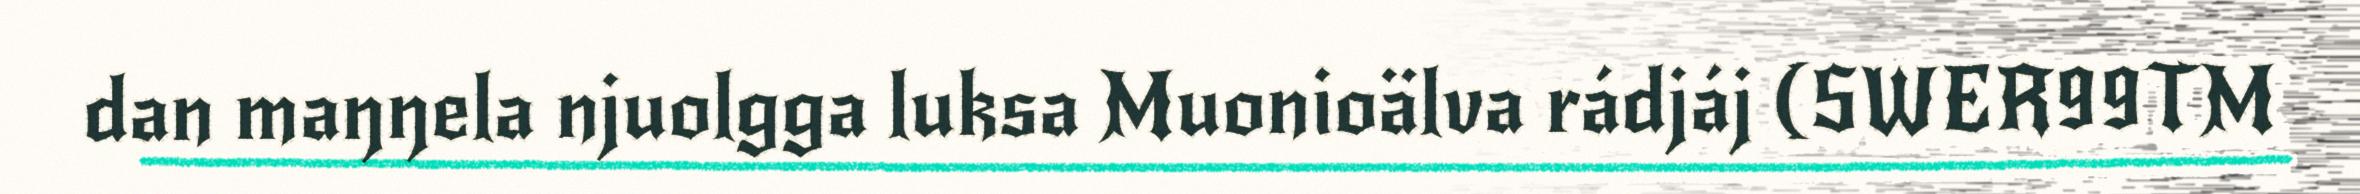
dan maŋŋela njuolgga luksa Muonioälva rádjáj (SWER99TM